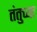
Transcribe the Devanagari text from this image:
तंतुच्या